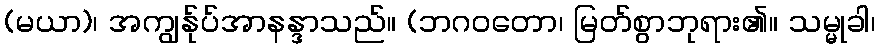
(မယာ)၊ အကျွန်ုပ်အာနန္ဒာသည်။ (ဘဂဝတော၊ မြတ်စွာဘုရား၏။ သမ္မုခါ၊